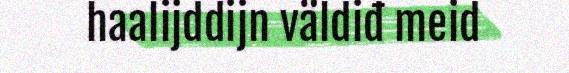
haalijddijn väldiđ meid